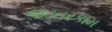
જડતરકામ